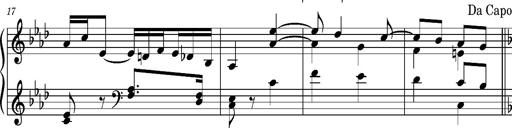
Title: Ungarischer Romanzero
Composer: Franz Liszt